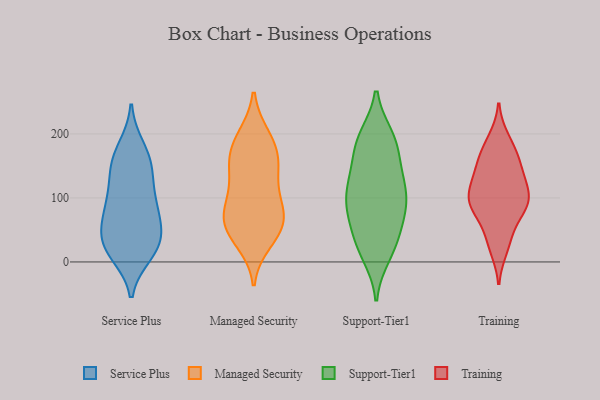
{"axis": {"x": "Tickets Resolved", "y": "Value"}, "legend": ["Managed Security", "Service Plus", "Support-Tier1", "Training"], "data": [{"x": "", "y": 143, "type": "Service Plus"}, {"x": "", "y": 28, "type": "Service Plus"}, {"x": "", "y": 27, "type": "Service Plus"}, {"x": "", "y": 146, "type": "Service Plus"}, {"x": "", "y": 13, "type": "Service Plus"}, {"x": "", "y": 30, "type": "Service Plus"}, {"x": "", "y": 171, "type": "Service Plus"}, {"x": "", "y": 32, "type": "Service Plus"}, {"x": "", "y": 89, "type": "Service Plus"}, {"x": "", "y": 154, "type": "Service Plus"}, {"x": "", "y": 58, "type": "Service Plus"}, {"x": "", "y": 12, "type": "Service Plus"}, {"x": "", "y": 179, "type": "Service Plus"}, {"x": "", "y": 88, "type": "Service Plus"}, {"x": "", "y": 57, "type": "Service Plus"}, {"x": "", "y": 119, "type": "Service Plus"}, {"x": "", "y": 73, "type": "Service Plus"}, {"x": "", "y": 96, "type": "Service Plus"}, {"x": "", "y": 163, "type": "Managed Security"}, {"x": "", "y": 44, "type": "Managed Security"}, {"x": "", "y": 114, "type": "Managed Security"}, {"x": "", "y": 152, "type": "Managed Security"}, {"x": "", "y": 68, "type": "Managed Security"}, {"x": "", "y": 153, "type": "Managed Security"}, {"x": "", "y": 180, "type": "Managed Security"}, {"x": "", "y": 73, "type": "Managed Security"}, {"x": "", "y": 31, "type": "Managed Security"}, {"x": "", "y": 44, "type": "Managed Security"}, {"x": "", "y": 98, "type": "Managed Security"}, {"x": "", "y": 197, "type": "Managed Security"}, {"x": "", "y": 196, "type": "Managed Security"}, {"x": "", "y": 69, "type": "Managed Security"}, {"x": "", "y": 144, "type": "Managed Security"}, {"x": "", "y": 91, "type": "Managed Security"}, {"x": "", "y": 58, "type": "Managed Security"}, {"x": "", "y": 34, "type": "Support-Tier1"}, {"x": "", "y": 144, "type": "Support-Tier1"}, {"x": "", "y": 112, "type": "Support-Tier1"}, {"x": "", "y": 190, "type": "Support-Tier1"}, {"x": "", "y": 59, "type": "Support-Tier1"}, {"x": "", "y": 80, "type": "Support-Tier1"}, {"x": "", "y": 161, "type": "Support-Tier1"}, {"x": "", "y": 85, "type": "Support-Tier1"}, {"x": "", "y": 125, "type": "Support-Tier1"}, {"x": "", "y": 118, "type": "Support-Tier1"}, {"x": "", "y": 195, "type": "Support-Tier1"}, {"x": "", "y": 89, "type": "Support-Tier1"}, {"x": "", "y": 76, "type": "Support-Tier1"}, {"x": "", "y": 27, "type": "Support-Tier1"}, {"x": "", "y": 113, "type": "Support-Tier1"}, {"x": "", "y": 11, "type": "Support-Tier1"}, {"x": "", "y": 187, "type": "Support-Tier1"}, {"x": "", "y": 190, "type": "Support-Tier1"}, {"x": "", "y": 21, "type": "Support-Tier1"}, {"x": "", "y": 147, "type": "Training"}, {"x": "", "y": 109, "type": "Training"}, {"x": "", "y": 121, "type": "Training"}, {"x": "", "y": 22, "type": "Training"}, {"x": "", "y": 39, "type": "Training"}, {"x": "", "y": 169, "type": "Training"}, {"x": "", "y": 154, "type": "Training"}, {"x": "", "y": 92, "type": "Training"}, {"x": "", "y": 116, "type": "Training"}, {"x": "", "y": 76, "type": "Training"}, {"x": "", "y": 95, "type": "Training"}, {"x": "", "y": 30, "type": "Training"}, {"x": "", "y": 156, "type": "Training"}, {"x": "", "y": 91, "type": "Training"}, {"x": "", "y": 191, "type": "Training"}, {"x": "", "y": 135, "type": "Training"}, {"x": "", "y": 185, "type": "Training"}, {"x": "", "y": 87, "type": "Training"}, {"x": "", "y": 99, "type": "Training"}, {"x": "", "y": 81, "type": "Training"}]}